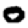
Digit: 0